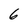
Character: 6